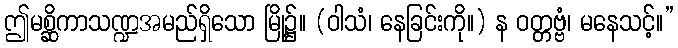
ဤမစ္ဆိကာသဏ္ဍအမည်ရှိသော မြို့၌။ (ဝါသံ၊ နေခြင်းကို။) န ဝတ္တဗ္ဗံ၊ မနေသင့်။”